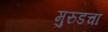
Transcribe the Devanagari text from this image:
मुरुडचा